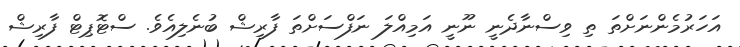
އަހަރުމެންނަށްތަ ތި ވިސްނާދެނީ ނޫނީ އަމިއްލަ ނަފްސަށްތަ ފާރިޝް ބުނެލިއެވެ. ސްޓޮޕިޓް ފާރިޝް